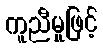
ကူညီမှုဖြင့်